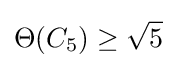
\Theta (C_{5})\geq {\sqrt {5}}